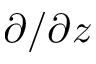
\partial / \partial z